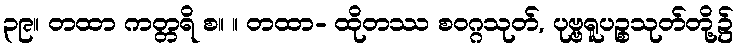
၃၉။ တထာ ကတ္တရိ စ။ ။ တထာ- ထိုတဿ စဝဂ္ဂသုတ်, ပုဗ္ဗရူပဉ္စသုတ်တို့၌